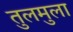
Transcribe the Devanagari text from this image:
तुलमुला